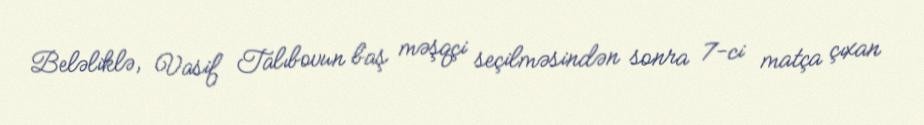
Beləliklə, Vasif Talıbovun baş məşqçi seçilməsindən sonra 7-ci matça çıxan